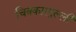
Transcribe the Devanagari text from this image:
चित्रकारपुल्ली